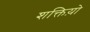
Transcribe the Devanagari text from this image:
शक्तिय़ो